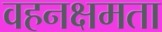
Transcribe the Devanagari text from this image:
वहनक्षमता